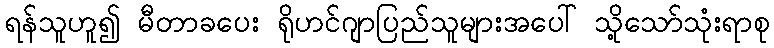
ရန်သူဟူ၍ မီတာခပေး ရိုဟင်ဂျာပြည်သူများအပေါ် သို့သော်သုံးရာစု